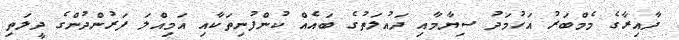
ދާއިރާގެ މެމްބަރު އަހުމަދު ސިޔާމާއި ދައުލަތުގެ ބައެއް ކުންފުނިތަކާއި އަމިއްލަ ފަރުންދުންގެ ދީލަތި